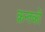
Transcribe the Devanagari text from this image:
क्रन्तकों